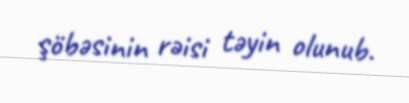
şöbəsinin rəisi təyin olunub.